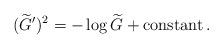
LaTeX: \begin{align*}(\widetilde{G}^\prime)^2=-\log\widetilde{G}+\mbox{constant}\,.\end{align*}